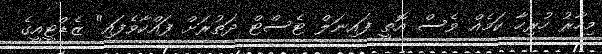
މިހާރު ހުރިހާ ކަމެއް ވެސް އޮތީ ފައިނަލް ޓެސްޓް ދަތުރަށް ފައްކާވެފައި" ޒެޑްޓީއީގެ